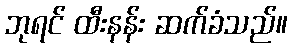
ဘုရင် ထီးနန်း ဆက်ခံသည်။